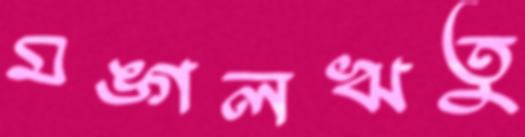
মঙ্গলঋতু